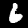
Digit: 6